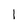
Character: I